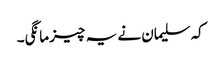
کہ سلیمان نے یہ چیز مانگی۔